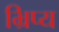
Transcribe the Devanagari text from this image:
भ्रिप्य